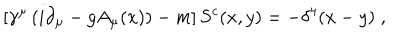
LaTeX: \left[ \gamma ^ { \mu } \left( i \partial _ { \mu } - g A _ { \mu } ( x ) \right) - m \right] S ^ { c } ( x , y ) = - \delta ^ { 4 } ( x - y ) \; , \;